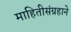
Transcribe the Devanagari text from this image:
माहितीसंग्रहाने